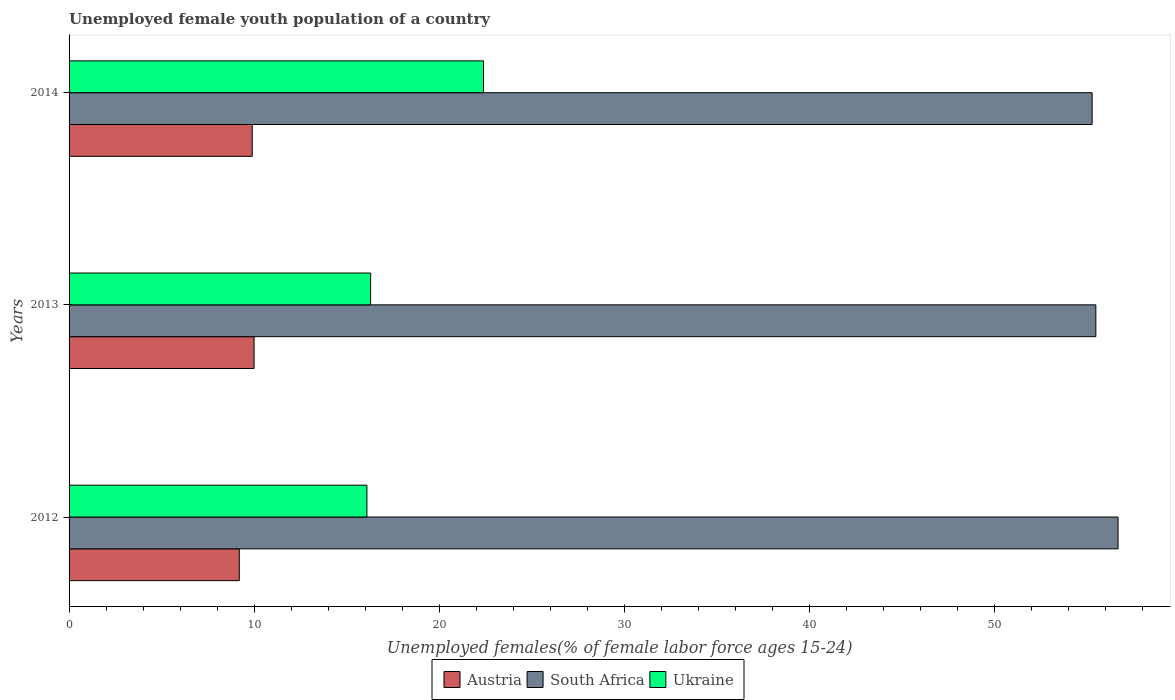
| Years | Austria | South Africa | Ukraine |
 | --- | --- | --- | --- |
 | 2012 | 9.2 | 56.7 | 16.1 |
 | 2013 | 10 | 55.5 | 16.3 |
 | 2014 | 9.9 | 55.3 | 22.4 |